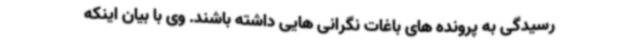
رسیدگی به پرونده های باغات نگرانی هایی داشته باشند. وی با بیان اینکه